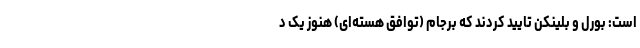
است: بورل و بلینکن تایید کردند که برجام (توافق هسته‌ای) هنوز یک د